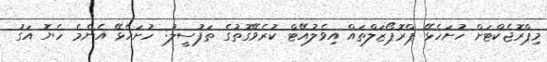
މިޕްރޮޖެކްޓަށް ހުށަހެޅޭ ޕްރޮޕޯޒަލްތައް އިވެލުއޭޓް ކުރެވޭގޮތުގެ ތަފުސީލު: ހުށަހެޅޭ އެންމެ ހެޔޮ އަގު